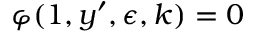
\varphi ( 1 , y ^ { \prime } , \epsilon , k ) = 0